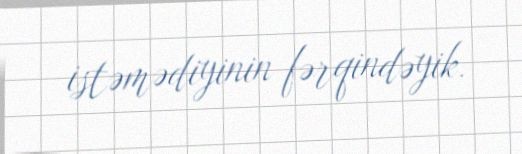
istəmədiyinin fərqindəyik.